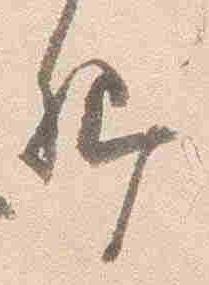
卿